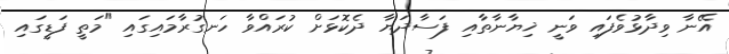
އޭނާ ވިދާޅުވެފައި ވަނީ ޚިޔާނާތާއި ފަސާދަޔާ ދެކޮޅަށް ކުރައްވާ ހަނގުރާމައިގައި "މަތީ ފަޑީގައި